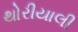
થોરીયાલી